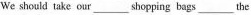
We should take our ___ shopping bags ___ the